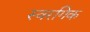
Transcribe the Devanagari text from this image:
स्वरगिक